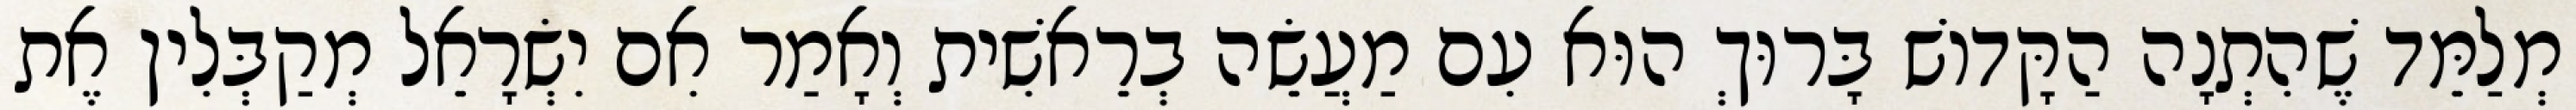
מְלַמֵּד שֶׁהִתְנָה הַקָּדוֹשׁ בָּרוּךְ הוּא עִם מַעֲשֵׂה בְרֵאשִׁית וְאָמַר אִם יִשְׂרָאֵל מְקַבְּלִין אֶת